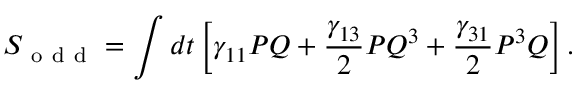
S _ { \mathrm { ~ o ~ d ~ d ~ } } = \int d t \left[ \gamma _ { 1 1 } P Q + \frac { \gamma _ { 1 3 } } { 2 } P Q ^ { 3 } + \frac { \gamma _ { 3 1 } } { 2 } P ^ { 3 } Q \right] .